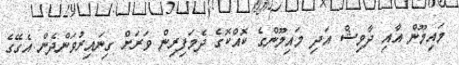
މައިމޫން އާއި ދާވިޝް އަދި މައިމޫންގެ ކޮއްކޮގެ ދެމަފިރިން ވަރަށް ގިނައިރުވަންދެން އެގޭގެ